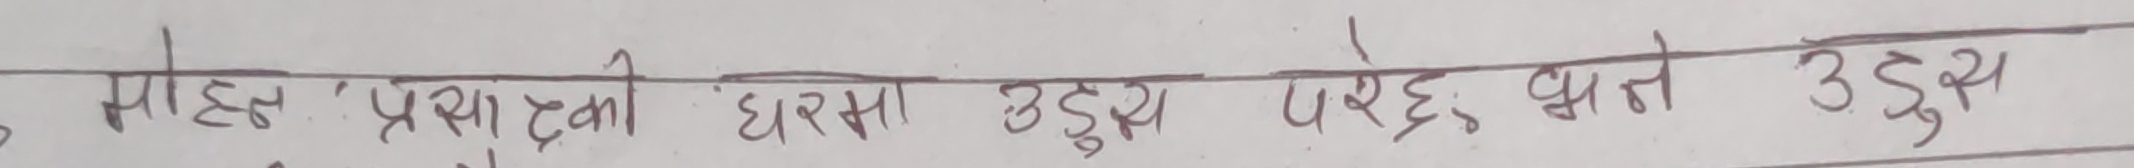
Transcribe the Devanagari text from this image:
मोहुनः प्रसाद्को घरमा उठ्नु परेछ भने उठ्नु